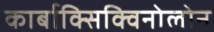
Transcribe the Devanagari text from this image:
कार्बाक्सिक्विनोलोन